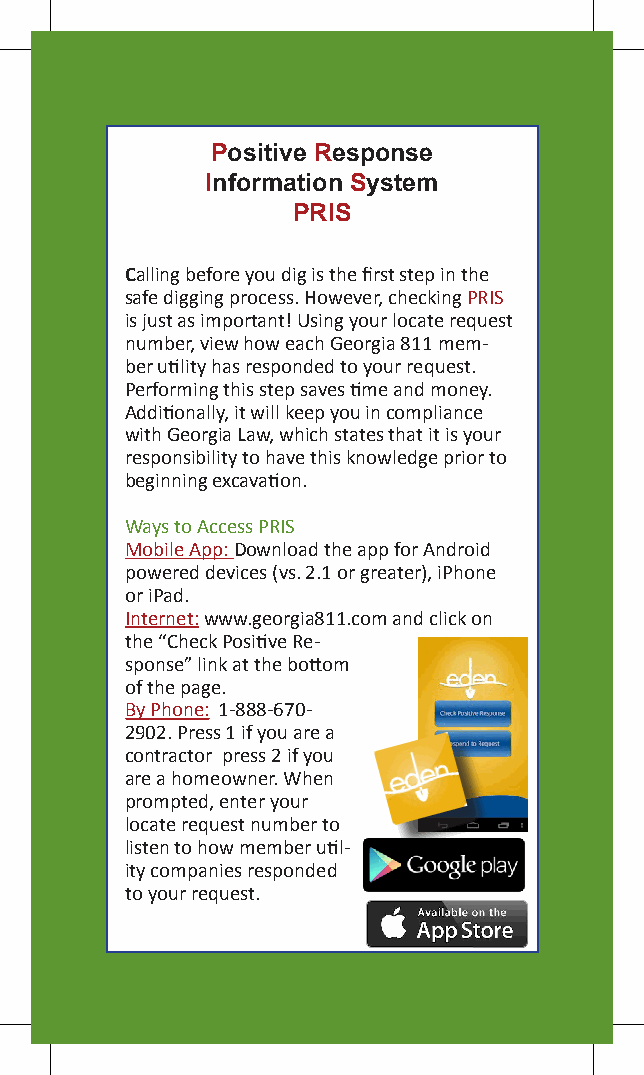
Positive Response
 Information System
 PRIS
 Calling before you dig is the first step in the
 safe digging process. However, checking PRIS
 is just as important! Using your locate request
 number, view how each Georgia 811 mem-
 ber utility has responded to your request.
 Performing this step saves time and money.
 Additionally, it will keep you in compliance
 with Georgia Law, which states that it is your
 responsibility to have this knowledge prior to
 beginning excavation.
 Ways to Access PRIS
 Mobile App: Download the app for Android
 powered devices (vs. 2.1 or greater), iPhone
 or iPad.
 Internet: www.georgia811.com and click on
 the “Check Positive Re-
 sponse” link at the bottom
 of the page.
 By Phone: 1-888-670-
 2902. Press 1 if you are a
 contractor press 2 if you
 are a homeowner. When
 prompted, enter your
 locate request number to
 listen to how member util-
 ity companies responded
 to your request.